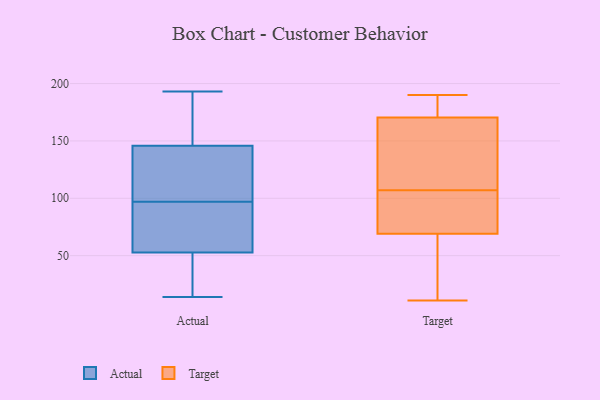
{"axis": {"x": "Revenue (USD Million)", "y": "Value"}, "legend": ["Actual", "Target"], "data": [{"x": "", "y": 76, "type": "Actual"}, {"x": "", "y": 57, "type": "Actual"}, {"x": "", "y": 100, "type": "Actual"}, {"x": "", "y": 14, "type": "Actual"}, {"x": "", "y": 163, "type": "Actual"}, {"x": "", "y": 53, "type": "Actual"}, {"x": "", "y": 92, "type": "Actual"}, {"x": "", "y": 97, "type": "Actual"}, {"x": "", "y": 154, "type": "Actual"}, {"x": "", "y": 124, "type": "Actual"}, {"x": "", "y": 103, "type": "Actual"}, {"x": "", "y": 143, "type": "Actual"}, {"x": "", "y": 52, "type": "Actual"}, {"x": "", "y": 155, "type": "Actual"}, {"x": "", "y": 16, "type": "Actual"}, {"x": "", "y": 33, "type": "Actual"}, {"x": "", "y": 193, "type": "Actual"}, {"x": "", "y": 116, "type": "Target"}, {"x": "", "y": 190, "type": "Target"}, {"x": "", "y": 186, "type": "Target"}, {"x": "", "y": 71, "type": "Target"}, {"x": "", "y": 68, "type": "Target"}, {"x": "", "y": 70, "type": "Target"}, {"x": "", "y": 96, "type": "Target"}, {"x": "", "y": 165, "type": "Target"}, {"x": "", "y": 16, "type": "Target"}, {"x": "", "y": 20, "type": "Target"}, {"x": "", "y": 177, "type": "Target"}, {"x": "", "y": 165, "type": "Target"}, {"x": "", "y": 137, "type": "Target"}, {"x": "", "y": 11, "type": "Target"}, {"x": "", "y": 98, "type": "Target"}, {"x": "", "y": 176, "type": "Target"}]}